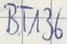
Text: BT136